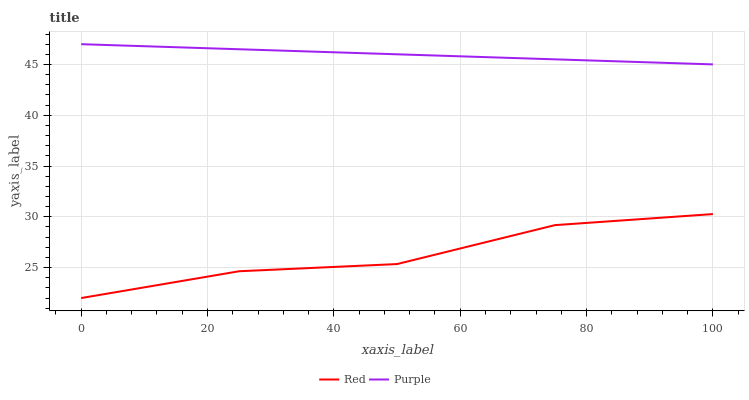
| xaxis_label | Red | Purple |
 | --- | --- | --- |
 | 0 | 22 | 47 |
 | 25 | 24.6 | 46.5 |
 | 50 | 25.3 | 46 |
 | 75 | 29.2 | 45.5 |
 | 100 | 30.3 | 45 |